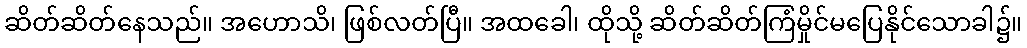
ဆိတ်ဆိတ်နေသည်။ အဟောသိ၊ ဖြစ်လတ်ပြီ။ အထခေါ၊ ထိုသို့ ဆိတ်ဆိတ်ကြံမှိုင်မပြေနိုင်သောခါ၌။